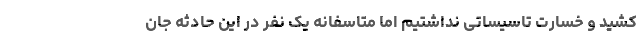
کشید و خسارت تاسیساتی نداشتیم اما متاسفانه یک نفر در این حادثه جان